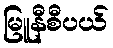
မြူနီစီပယ်